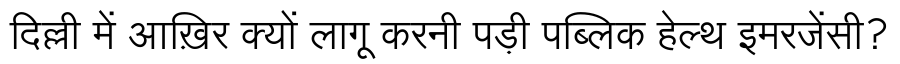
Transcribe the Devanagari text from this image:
दिल्ली में आख़िर क्यों लागू करनी पड़ी पब्लिक हेल्थ इमरजेंसी?